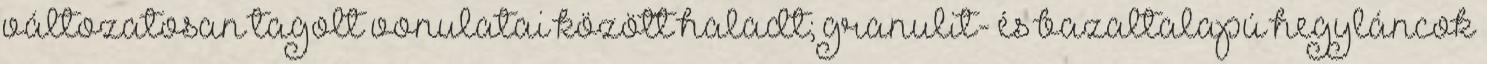
változatosan tagolt vonulatai között haladt; granulit- és bazaltalapú hegyláncok